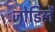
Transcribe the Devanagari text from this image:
जोडिलें